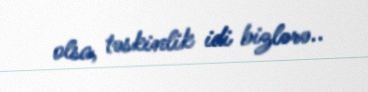
olsa, təskinlik idi bizlərə..